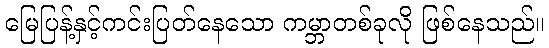
မြေပြန့်နှင့်ကင်းပြတ်နေသော ကမ္ဘာတစ်ခုလို ဖြစ်နေသည်။